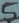
Text: 5